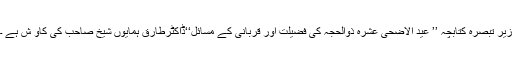
زیر تبصرہ کتابچہ ’’ عید الاضحیٰ عشرہ ذوالحجہ کی فضیلت اور قربانی کے مسائل‘‘ڈاکٹرطارق ہمایوں شیخ صاحب کی کاو ش ہے ۔